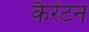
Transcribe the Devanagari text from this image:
कैरेंटन